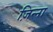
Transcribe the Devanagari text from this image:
ज़िन्ना